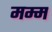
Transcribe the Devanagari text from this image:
मम्म